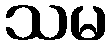
သမ